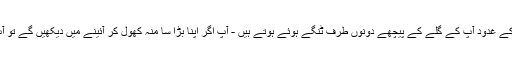
بیضوی صورت کے تالو کے غدود آپ کے گلے کے پیچھے دونوں طرف ٹنگے ہوئے ہوتے ہیں - آپ اگر اپنا بڑا سا منہ کھول کر آئینے میں دیکھیں گے تو آپ اس کو دیکھ سکتے ہیں۔